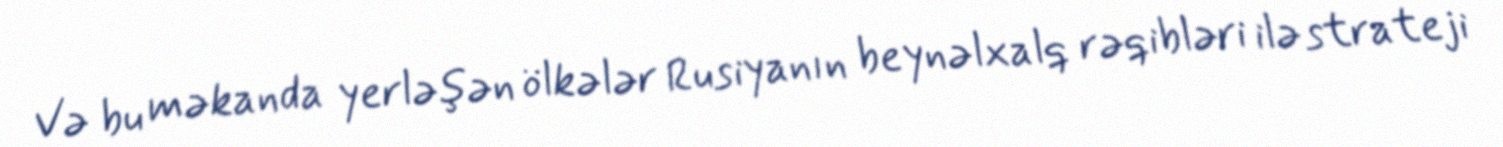
Və bu məkanda yerləşən ölkələr Rusiyanın beynəlxalq rəqibləri ilə strateji